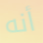
أنه